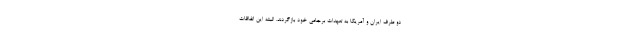
دو طرف ایران و آمریکا به تعهدات برجامی خود بازگردند. البته این اتفاقات